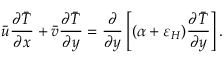
{ \bar { u } } { \frac { \partial { \bar { T } } } { \partial x } } + { \bar { v } } { \frac { \partial { \bar { T } } } { \partial y } } = { \frac { \partial } { \partial y } } \left[ ( \alpha + \varepsilon _ { H } ) { \frac { \partial { \bar { T } } } { \partial y } } \right] .